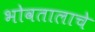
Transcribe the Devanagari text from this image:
भोवतालाचे